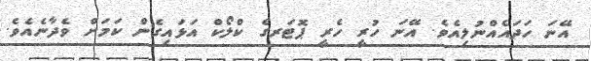
އޭނަ ހަދައެއްނުލިއެވެ. އޭނަ ހުރީ ހެރީ ޕޮޓަރގެ ކްލޯކް އަޅައިގެން ކަމަށް ވެދާނެއެވެ.